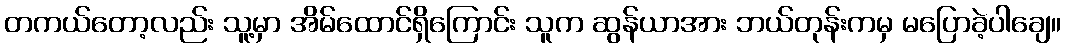
တကယ်တော့လည်း သူ့မှာ အိမ်ထောင်ရှိကြောင်း သူက ဆွန်ယာအား ဘယ်တုန်းကမှ မပြောခဲ့ပါချေ။